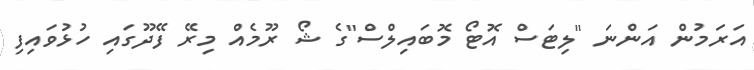
އަރަމުން އަންނަ "ލިޓަސް އޮޓޯ މޮބައިލްސް"ގެ ޝޯ ރޫމެއް މިރޭ ފޭދޫގައި ހުޅުވައިފި